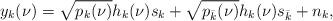
LaTeX: \begin{align*}y_k(\nu)=\sqrt{p_k(\nu)}h_k(\nu)s_k+\sqrt{p_{\bar k}(\nu)}h_k(\nu)s_{\bar k}+n_k, \end{align*}